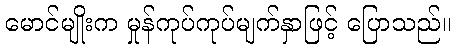
မောင်မျိုးက မှုန်ကုပ်ကုပ်မျက်နှာဖြင့် ပြောသည်။